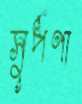
সুর্পণা